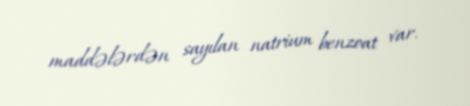
maddələrdən sayılan natrium benzoat var.